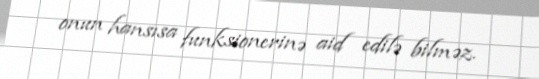
onun hansısa funksionerinə aid edilə bilməz.